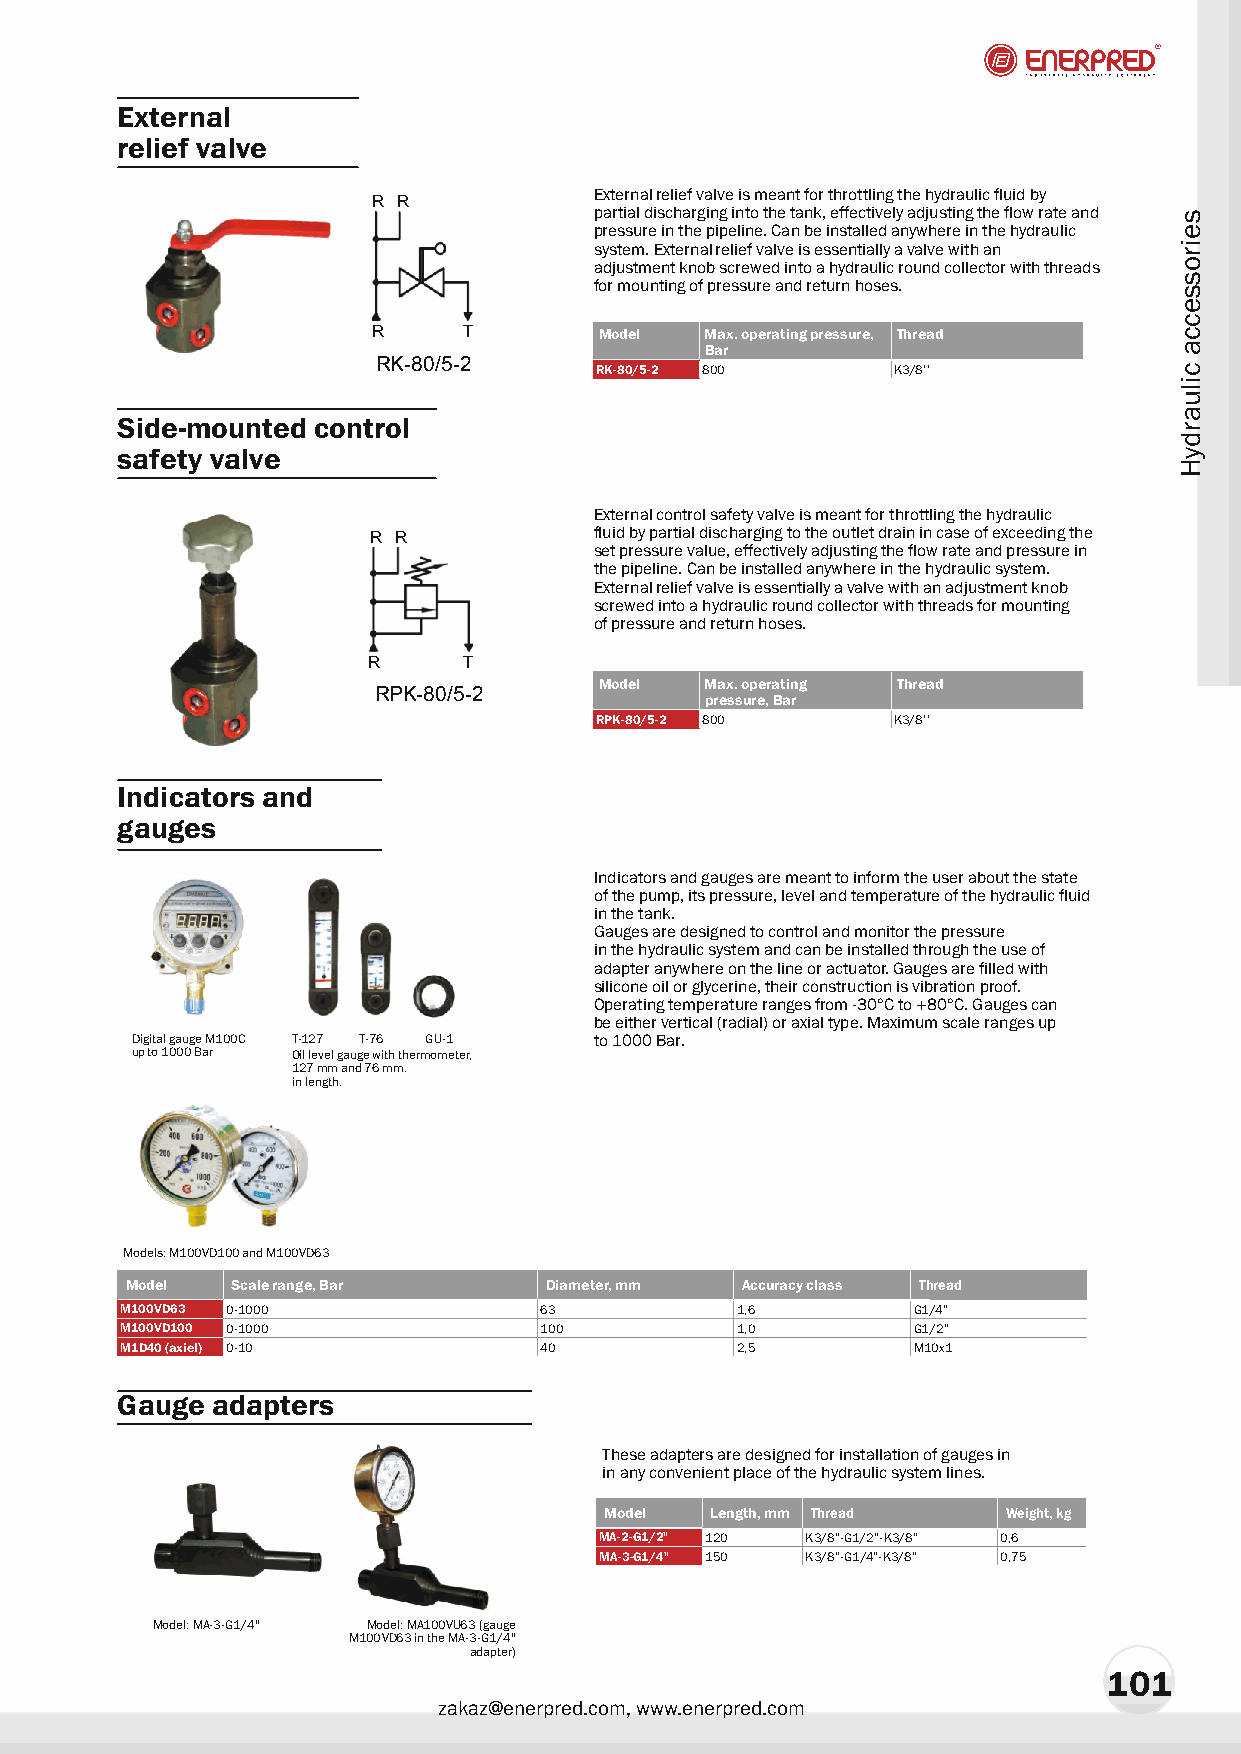
External
 relief valve
 External relief valve is meant for throttling the hydraulic fluid by
 R R
 partial discharging into the tank, effectively adjusting the flow rate and
 pressure in the pipeline. Can be installed anywhere in the hydraulic
 system. External relief valve is essentially a valve with an
 adjustment knob screwed into a hydraulic round collector with threads
 for mounting of pressure and return hoses.
 R     T        Model  Max. operating pressure, Thread
 Bar
 RK-80/5-2
 RK-80/5-2 800       K3/8''
 Side-mounted control
 safety valve
 External control safety valve is meant for throttling the hydraulic
 R R           fluid by partial discharging to the outlet drain in case of exceeding the
 set pressure value, effectively adjusting the flow rate and pressure in
 the pipeline. Can be installed anywhere in the hydraulic system.
 External relief valve is essentially a valve with an adjustment knob
 screwed into a hydraulic round collector with threads for mounting
 of pressure and return hoses.
 R      T
 Model  Max. operating Thread
 RPK-80/5-2
 pressure, Bar
 RPK-80/5-2 800      K3/8''
 Indicators and
 gauges
 Indicators and gauges are meant to inform the user about the state
 of the pump, its pressure, level and temperature of the hydraulic fluid
 in the tank.
 Gauges are designed to control and monitor the pressure
 in the hydraulic system and can be installed through the use of
 adapter anywhere on the line or actuator. Gauges are filled with
 silicone oil or glycerine, their construction is vibration proof.
 Operating temperature ranges from -30°C to +80°C. Gauges can
 be either vertical (radial) or axial type. Maximum scale ranges up
 Digital gauge M100C T-127 T-76 GU-1 to 1000 Bar.
 up to 1000 Bar Oil level gauge with thermometer,
 127 mm and 76 mm.
 in length.
 Models: M100VD100 and M100VD63
 Model  Scale range, Bar     Diameter, mm Accuracy class Thread
 M100VD63 0-1000             63           1,6        G1/4”
 M100VD100 0-1000            100          1,0        G1/2”
 M1D40 (axiel) 0-10          40           2,5        Ì10x1
 Gauge adapters
 These adapters are designed for installation of gauges in
 in any convenient place of the hydraulic system lines.
 Model  Length, mm Thread   Weight, kg
 ÌÀ-2-G1/2" 120 K3/8”-G1/2”-K3/8” 0,6
 ÌÀ-3-G1/4" 150 K3/8”-G1/4”-K3/8” 0,75
 Model: MA-3-G1/4" Model: MA100VU63 (gauge
 Ì100VD63 in the ÌÀ-3-G1/4"
 adapter)
 101
 zakaz@enerpred.com, www.enerpred.com
 seirossecca
 ciluardyH